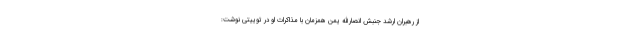
از رهبران ارشد جنبش انصارالله یمن همزمان با مذاکرات او در توییتی نوشت: